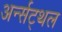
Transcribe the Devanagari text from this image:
अर्न्सट्थल